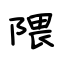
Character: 隈